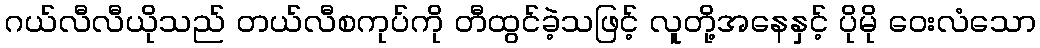
ဂယ်လီလီယိုသည် တယ်လီစကုပ်ကို တီထွင်ခဲ့သဖြင့် လူတို့အနေနှင့် ပိုမို ဝေးလံသော